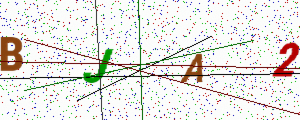
Text: BJA2